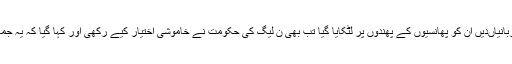
بنگلہ دیش میں پاکستان کے لیے جن لوگوں نے قربانیاںدیں ان کو پھانسیوں کے پھندوں پر لٹکایا گیا تب بھی ن لیگ کی حکومت نے خاموشی اختیار کیے رکھی اور کہا گیا کہ یہ جماعت اسلامی اور بنگلہ دیش کا اندرونی مسئلہ ہے۔